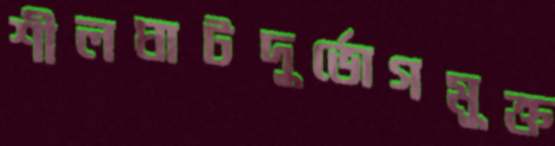
শীলঘাটদুর্ভোগমুক্ত